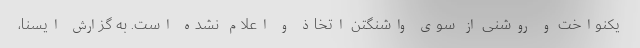
یکنواخت و روشنی از سوی واشنگتن اتخاذ و اعلام نشده است. به گزارش ایسنا،